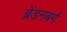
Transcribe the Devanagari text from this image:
ब्रेंडनबर्ग